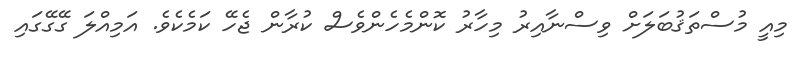
މިއީ މުސްތަޤުބަލަށް ވިސްނާއިރު މިހާރު ކޮންމެހެންވެސް ކުރާން ޖެހޭ ކަމެކެވެ. އަމިއްލަ ގޭގޭގައި